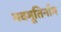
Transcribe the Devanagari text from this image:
भवभूतिर्नाम